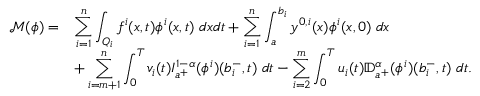
\begin{array} { r l } { \mathcal { M } ( \phi ) = } & { \displaystyle \sum _ { i = 1 } ^ { n } \int _ { Q _ { i } } f ^ { i } ( x , t ) \phi ^ { i } ( x , t ) \; d x d t + \displaystyle \sum _ { i = 1 } ^ { n } \int _ { a } ^ { b _ { i } } y ^ { 0 , i } ( x ) \phi ^ { i } ( x , 0 ) \; d x } \\ & { + \displaystyle \sum _ { i = m + 1 } ^ { n } \int _ { 0 } ^ { T } v _ { i } ( t ) I _ { a ^ { + } } ^ { 1 - \alpha } ( \phi ^ { i } ) ( b _ { i } ^ { - } , t ) \; d t - \displaystyle \sum _ { i = 2 } ^ { m } \int _ { 0 } ^ { T } u _ { i } ( t ) \mathbb { D } _ { a ^ { + } } ^ { \alpha } ( \phi ^ { i } ) ( b _ { i } ^ { - } , t ) \; d t . } \end{array}